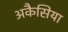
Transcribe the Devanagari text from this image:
अकैसिया